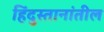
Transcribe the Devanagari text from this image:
हिंदुस्तानांतील